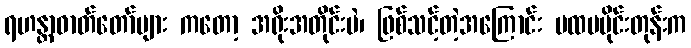
ရဟန္တာဓာတ်တော်များ ကတော့ အရိုးအတိုင်းပဲ၊ ဖြစ်သင့်တဲ့အကြောင်း ပထမပိုင်းတုန်းက